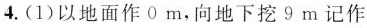
4.(1)以地面作0m,向地下挖9m记作